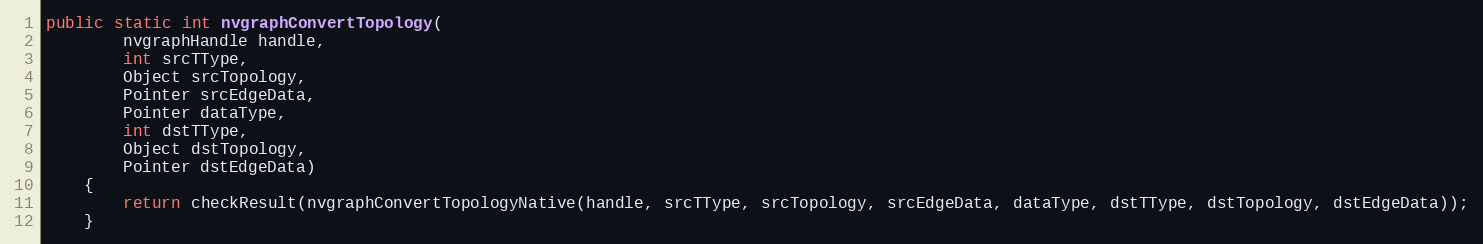
Language: Java
public static int nvgraphConvertTopology(
        nvgraphHandle handle,
        int srcTType,
        Object srcTopology,
        Pointer srcEdgeData,
        Pointer dataType,
        int dstTType,
        Object dstTopology,
        Pointer dstEdgeData)
    {
        return checkResult(nvgraphConvertTopologyNative(handle, srcTType, srcTopology, srcEdgeData, dataType, dstTType, dstTopology, dstEdgeData));
    }